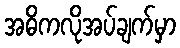
အဓိကလိုအပ်ချက်မှာ